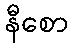
နီစော